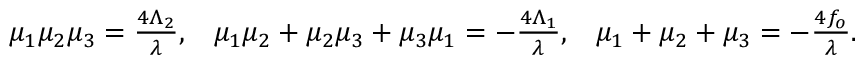
\begin{array} { c c c } { { \mu _ { 1 } \mu _ { 2 } \mu _ { 3 } = \frac { 4 \Lambda _ { 2 } } { \lambda } , } } & { { \mu _ { 1 } \mu _ { 2 } + \mu _ { 2 } \mu _ { 3 } + \mu _ { 3 } \mu _ { 1 } = - \frac { 4 \Lambda _ { 1 } } { \lambda } , } } & { { \mu _ { 1 } + \mu _ { 2 } + \mu _ { 3 } = - \frac { 4 f _ { o } } { \lambda } . } } \end{array}